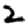
Digit: 2